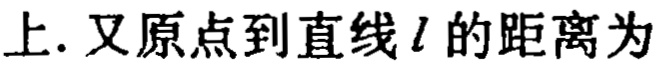
上. 又原点到直线\(l\)的距离为